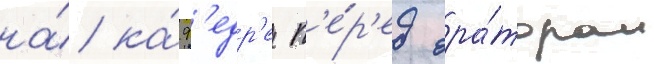
на́ ка́ф'едр'е п'е́р'ед ора́тором